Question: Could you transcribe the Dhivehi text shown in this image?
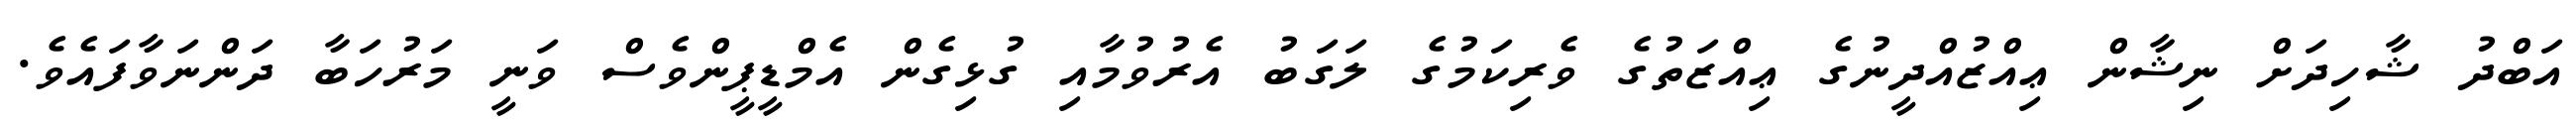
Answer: އަބްދު ޝާހިދަށް ނިޝާން ޢިއްޒުއްދީނުގެ ޢިއްޒަތުގެ ވެރިކަމުގެ ލަގަބު އެރުވުމާއި ގުޅިގެން އެމްޑީޕީންވެސް ވަނީ މަރުހަބާ ދަންނަވާފައެވެ.